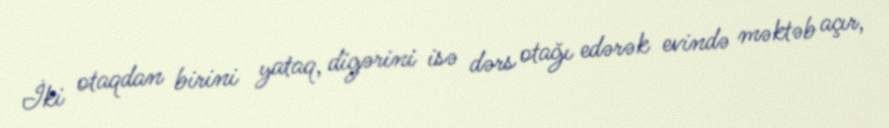
İki otaqdan birini yataq, digərini isə dərs otağı edərək evində məktəb açır,